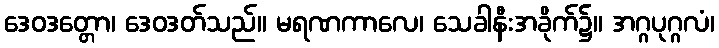
ဒေဝဒတ္တော၊ ဒေဝဒတ်သည်။ မရဏကာလေ၊ သေခါနီးအခိုက်၌။ အဂ္ဂပုဂ္ဂလံ၊